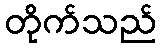
တိုက်သည်